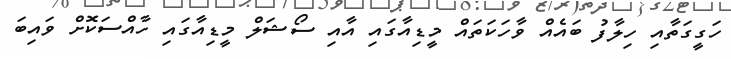
ހަގީގަތާއި ހިލާފު ބައެއް ވާހަކަތައް މީޑިއާގައި އާއި ސޯޝަލް މީޑިއާގައި ހާއްސަކޮށް ވައިބަ